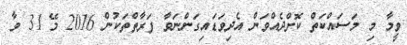
ވީމާ މި މަސައްކަތް ކޮށްދެއްވަން އެދިވަޑައިގަންނަވާ ފަރާތްތަކުން 2016 މޭ 31 ވާ